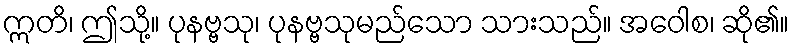
ဣတိ၊ ဤသို့။ ပုနဗ္ဗသု၊ ပုနဗ္ဗသုမည်သော သားသည်။ အဝေါစ၊ ဆို၏။